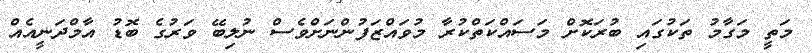
މަތީ މަގާމު ތަކުގައި ބުރަކޮށް މަސައްކަތްކުރާ މުވައްޒަފުންނަށްވެސް ނުލިބޭ ވަރުގެ ބޮޑު އާމްދަނީއެއް